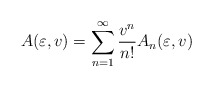
\begin{align*}A(\varepsilon,v)=\sum_{n=1}^\infty {v^n\over n!}A_n(\varepsilon,v)\end{align*}